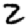
Digit: 2